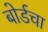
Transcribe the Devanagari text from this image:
बोर्डचा